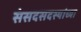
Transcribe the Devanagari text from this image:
संसदसदस्यांच्या